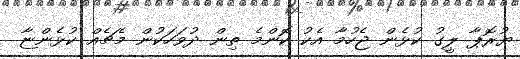
ޔުރޮޕާ ލީގު ކުޅެން ޖެހުމާ އެކު ކޮންމެ ތިން ދުވަހަކުން މެޗެއް ކުޅެންޏާ